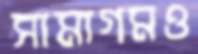
সামাগমও